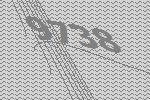
9738